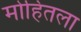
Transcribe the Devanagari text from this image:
मोहितला